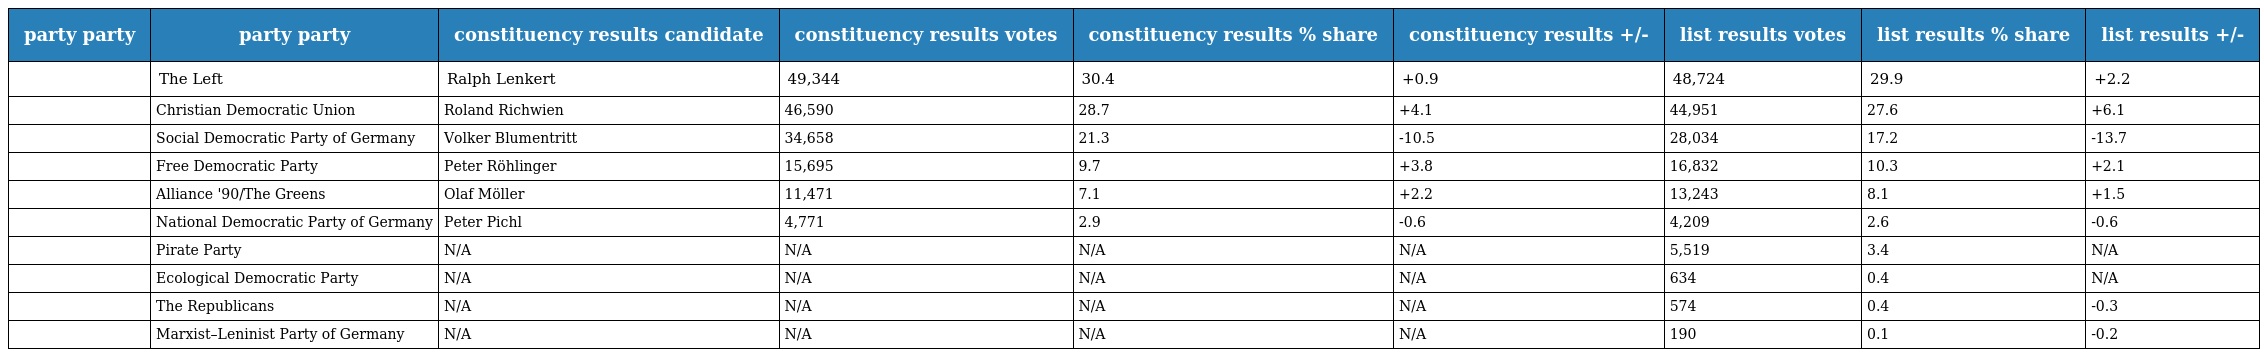
| party party | party party | constituency results candidate | constituency results votes | constituency results % share | constituency results +/- | list results votes | list results % share | list results +/- |
 | --- | --- | --- | --- | --- | --- | --- | --- | --- |
 |  | The Left | Ralph Lenkert | 49,344 | 30.4 | +0.9 | 48,724 | 29.9 | +2.2 |
 |  | Christian Democratic Union | Roland Richwien | 46,590 | 28.7 | +4.1 | 44,951 | 27.6 | +6.1 |
 |  | Social Democratic Party of Germany | Volker Blumentritt | 34,658 | 21.3 | -10.5 | 28,034 | 17.2 | -13.7 |
 |  | Free Democratic Party | Peter Röhlinger | 15,695 | 9.7 | +3.8 | 16,832 | 10.3 | +2.1 |
 |  | Alliance '90/The Greens | Olaf Möller | 11,471 | 7.1 | +2.2 | 13,243 | 8.1 | +1.5 |
 |  | National Democratic Party of Germany | Peter Pichl | 4,771 | 2.9 | -0.6 | 4,209 | 2.6 | -0.6 |
 |  | Pirate Party | N/A | N/A | N/A | N/A | 5,519 | 3.4 | N/A |
 |  | Ecological Democratic Party | N/A | N/A | N/A | N/A | 634 | 0.4 | N/A |
 |  | The Republicans | N/A | N/A | N/A | N/A | 574 | 0.4 | -0.3 |
 |  | Marxist–Leninist Party of Germany | N/A | N/A | N/A | N/A | 190 | 0.1 | -0.2 |